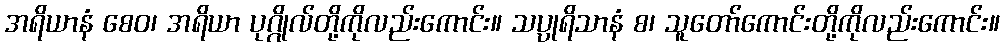
အရိယာနံ စေဝ၊ အရိယာ ပုဂ္ဂိုလ်တို့ကိုလည်းကောင်း။ သပ္ပုရိသာနံ စ၊ သူတော်ကောင်းတို့ကိုလည်းကောင်း။